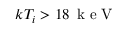
k T _ { i } > 1 8 \, \mathrm { ~ k ~ e ~ V ~ }